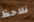
نلاحظ